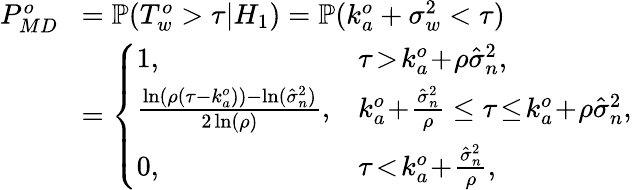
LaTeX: \begin{array}{rl}{P_{MD}^{o}\! }&{=\mathbb{P}(T_{w}^{o}>\tau|H_{1})=\mathbb{P}(k_{a}^{o}+\sigma_{w}^{2}<\tau)}\\ &{=\left\{ \begin{array}{ll}{1,}&{\tau\! >\! k_{a}^{o}\! +\! \rho\hat{\sigma}_{n}^{2},}\\ {\frac{\ln(\rho(\tau-k_{a}^{o}))-\ln(\hat{\sigma}_{n}^{2})}{2\ln(\rho)},}&{k_{a}^{o}\! +\! \frac{\hat{\sigma}_{n}^{2}}{\rho}\leq\tau\! \leq\! k_{a}^{o}\! +\! \rho\hat{\sigma}_{n}^{2},}\\ {0,}&{\tau\! <\! k_{a}^{o}\! +\! \frac{\hat{\sigma}_{n}^{2}}{\rho},}\end{array}\right.}\end{array}